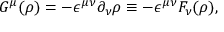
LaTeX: G ^ { \mu } ( \rho ) = - { \epsilon } ^ { { \mu } { \nu } } { \partial } _ { \nu } { \rho } \equiv - { \epsilon } ^ { { \mu } { \nu } } F _ { \nu } ( { \rho } ) ,